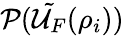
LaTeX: \mathcal{P}(\tilde{\mathcal{U}_{F}}(\rho_{i}))